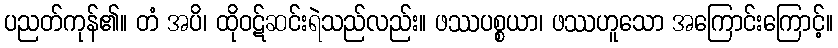
ပညတ်ကုန်၏။ တံ အပိ၊ ထိုဝဋ်ဆင်းရဲသည်လည်း။ ဖဿပစ္စယာ၊ ဖဿဟူသော အကြောင်းကြောင့်။